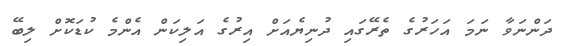
ދަންނަވާ ނަމަ އަހަރުގެ ތެރޭގައި ދުނިޔެއަށް އިރުގެ އަލިކަން އެންމެ ކުޑަކޮށް ލިބޭ